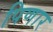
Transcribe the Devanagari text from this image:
पिणार